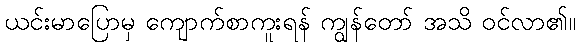
ယင်းမာပြောမှ ကျောက်စာကူးရန် ကျွန်တော် အသိ ဝင်လာ၏။